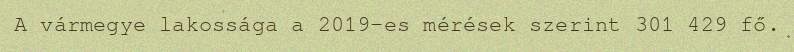
A vármegye lakossága a 2019-es mérések szerint 301 429 fő.